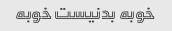
خوبه بدنیست خوبه